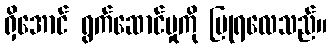
ရှိအောင် ရွက်ဆောင်မှုကို ပြုရလေသည်။